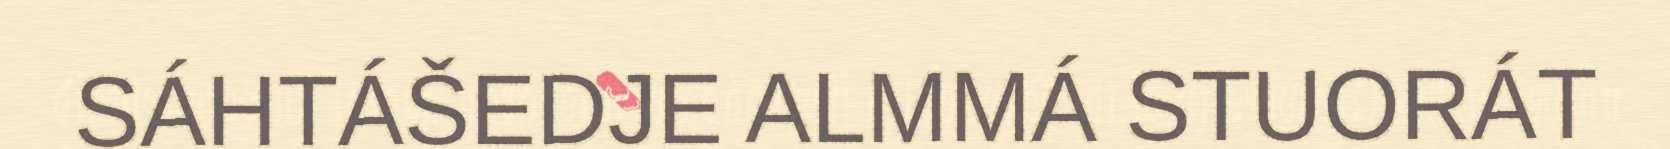
SÁHTÁŠEDJE ALMMÁ STUORÁT